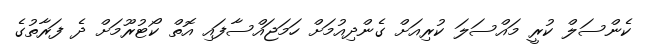
ކެންސަލް ކުރީ މައްސަލަ ކުރިއަށް ގެންދިއުމަށް ހަމަޖައްސާފައި އޮތް ކޯޓުރޫމަށް ދެ ފަރާތުގެ